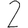
Digit: 2